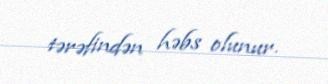
tərəfindən həbs olunur.